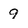
Character: 9